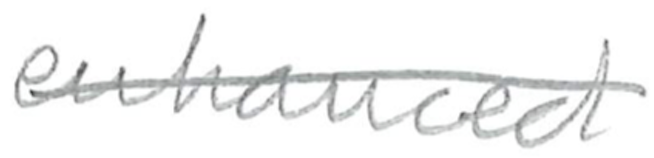
Text: enhanced
Cross-out: mix
Writing tool: pencil